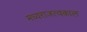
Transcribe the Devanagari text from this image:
मध्यराजत्वकाल